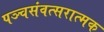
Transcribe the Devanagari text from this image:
पञ्चसंवत्सरात्मक